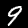
Label: 9